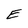
Character: E